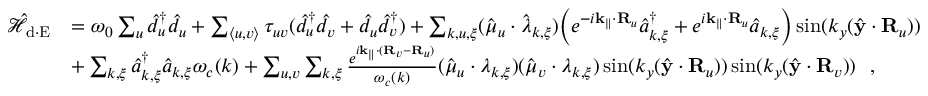
\begin{array} { r l } { \mathcal { \hat { H } } _ { \mathrm { d \cdot E } } } & { = \omega _ { 0 } \sum _ { u } \hat { d } _ { u } ^ { \dagger } \hat { d } _ { u } + \sum _ { \langle u , v \rangle } \tau _ { u v } ( \hat { d } _ { u } ^ { \dagger } \hat { d } _ { v } + \hat { d } _ { u } \hat { d } _ { v } ^ { \dagger } ) + \sum _ { { \boldsymbol k } , u , { \boldsymbol \xi } } ( \hat { \boldsymbol \mu } _ { u } \cdot \hat { \boldsymbol \lambda } _ { { \boldsymbol k } , { \boldsymbol \xi } } ) \Big ( e ^ { - i { { \bf k _ { \parallel } } } \cdot { \bf R } _ { u } } \hat { a } _ { { \boldsymbol k } , { \boldsymbol \xi } } ^ { \dagger } + e ^ { i { \bf k _ { \parallel } } \cdot { \bf R } _ { u } } \hat { a } _ { { \boldsymbol k } , { \boldsymbol \xi } } \Big ) \sin ( { k _ { y } } ( \hat { \bf y } \cdot { \bf R } _ { u } ) ) } \\ & { + \sum _ { { \boldsymbol k } , { \boldsymbol \xi } } \hat { a } _ { { \boldsymbol k } , { \boldsymbol \xi } } ^ { \dagger } \hat { a } _ { { \boldsymbol k } , { \boldsymbol \xi } } \omega _ { c } ( { \boldsymbol k } ) + \sum _ { u , v } \sum _ { { \boldsymbol k } , { \boldsymbol \xi } } { \frac { e ^ { i { \bf k _ { \parallel } } \cdot ( { \bf R } _ { v } - { \bf R } _ { u } ) } } { \omega _ { c } ( { \boldsymbol k } ) } } ( \hat { \boldsymbol \mu } _ { u } \cdot { \boldsymbol \lambda } _ { { \boldsymbol k } , { \boldsymbol \xi } } ) ( \hat { \boldsymbol \mu } _ { v } \cdot { \boldsymbol \lambda } _ { { \boldsymbol k } , { \boldsymbol \xi } } ) \sin ( { k _ { y } } ( \hat { \bf y } \cdot { \bf R } _ { u } ) ) \sin ( { k _ { y } } ( \hat { \bf y } \cdot { \bf R } _ { v } ) ) ~ ~ , } \end{array}